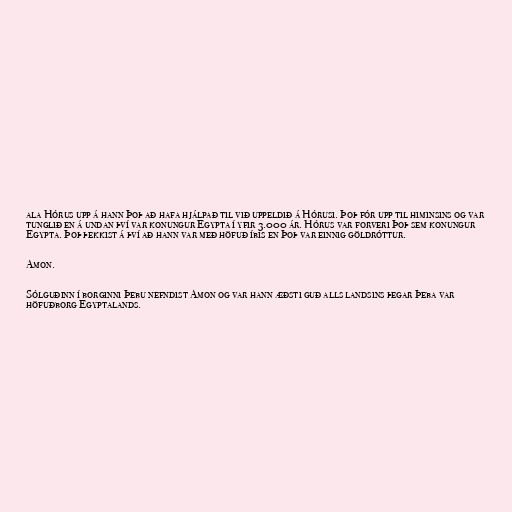
ala Hórus upp á hann Þoþ að hafa hjálpað til við uppeldið á Hórusi. Þoþ fór upp til himinsins og var
tunglið en á undan því var konungur Egypta í yfir 3.000 ár. Hórus var forveri Þoþ sem konungur
Egypta. Þoþ þekkist á því að hann var með höfuð íbis en Þoþ var einnig göldróttur.

Amon.

Sólguðinn í borginni Þebu nefndist Amon og var hann æðsti guð alls landsins þegar Þeba var
höfuðborg Egyptalands.